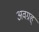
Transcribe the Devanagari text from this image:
अवग्रह्